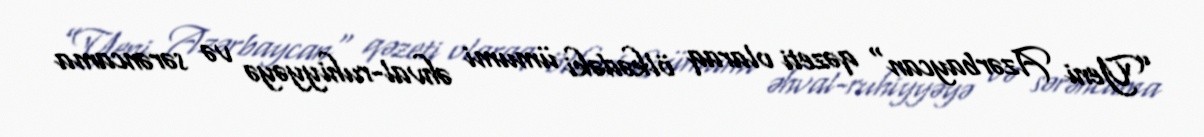
”Yeni Azərbaycan" qəzeti olaraq ölkədəki ümumi əhval-ruhiyyəyə və sərəncama